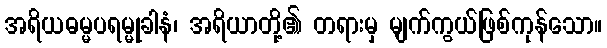
အရိယဓမ္မပရမ္မုခါနံ၊ အရိယာတို့၏ တရားမှ မျက်ကွယ်ဖြစ်ကုန်သော။